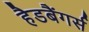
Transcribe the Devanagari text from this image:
हैडबैंगर्स